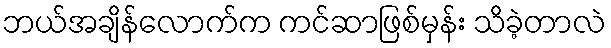
ဘယ်အချိန်လောက်က ကင်ဆာဖြစ်မှန်း သိခဲ့တာလဲ